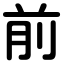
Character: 前